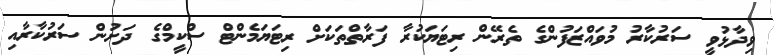
ވިދާޅުވީ ސަރުކާރު މުވައްޒަފުންގެ ތެރޭން ރިޓަޔަކުރާ ފަރާތްތަކަށް ރިޓަޔަމެންޓް ސްކީމްގެ ދަށުން ސަރުކާރާއި